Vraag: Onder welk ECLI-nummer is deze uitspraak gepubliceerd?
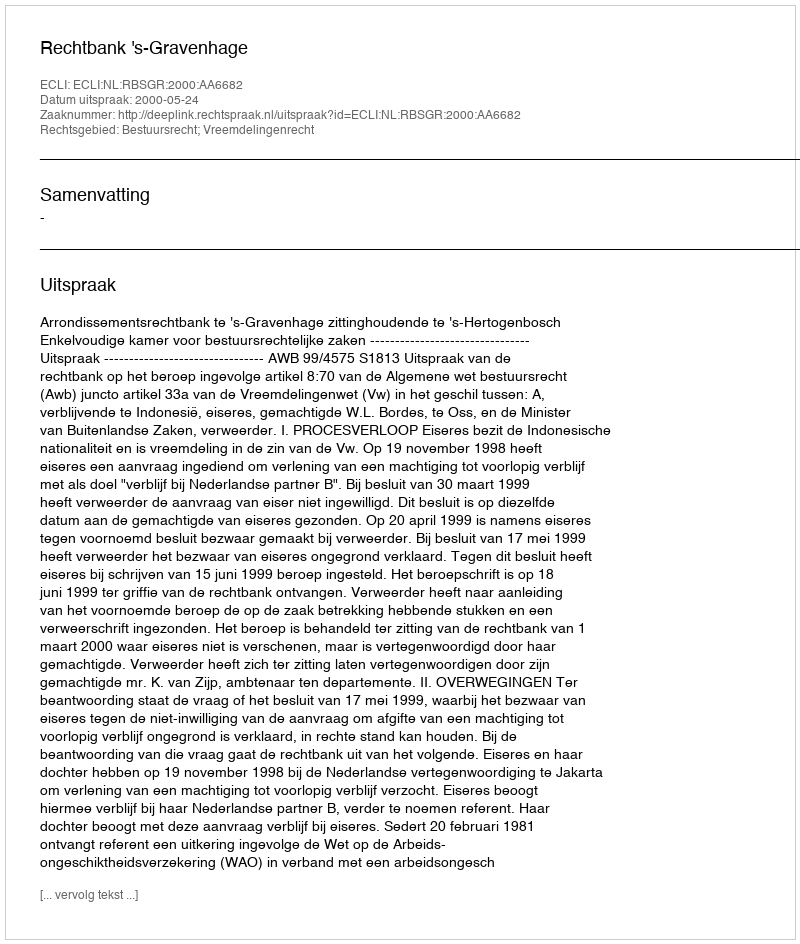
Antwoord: ECLI:NL:RBSGR:2000:AA6682